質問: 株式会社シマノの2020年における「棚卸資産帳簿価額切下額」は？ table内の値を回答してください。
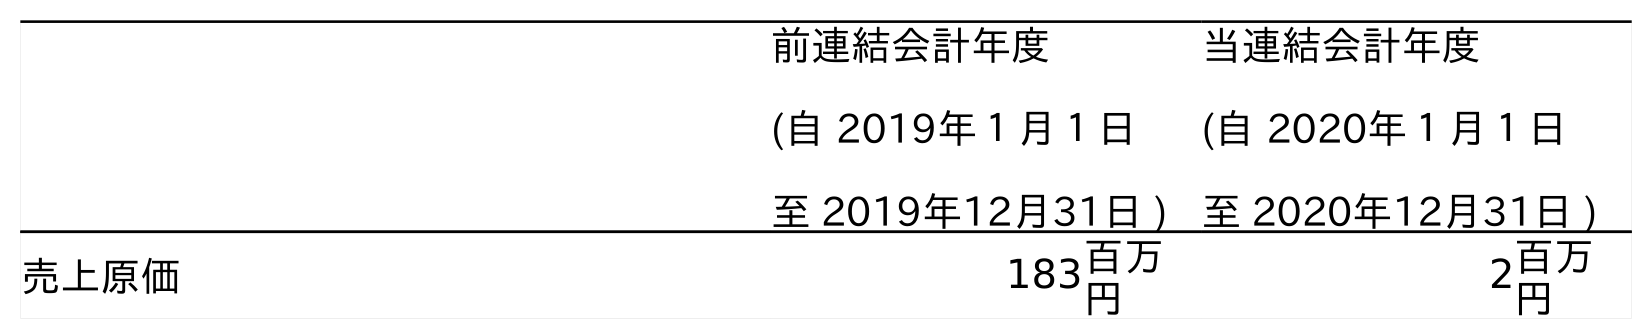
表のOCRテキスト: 前連結会計年度 (自 2019年１月１日 至 2019年12月31日 ) 当連結会計年度 (自 2020年１月１日 至 2020年12月31日 ) 売上原価 183百万 円 2百万 円
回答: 2